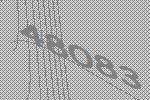
48083